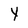
Character: Y